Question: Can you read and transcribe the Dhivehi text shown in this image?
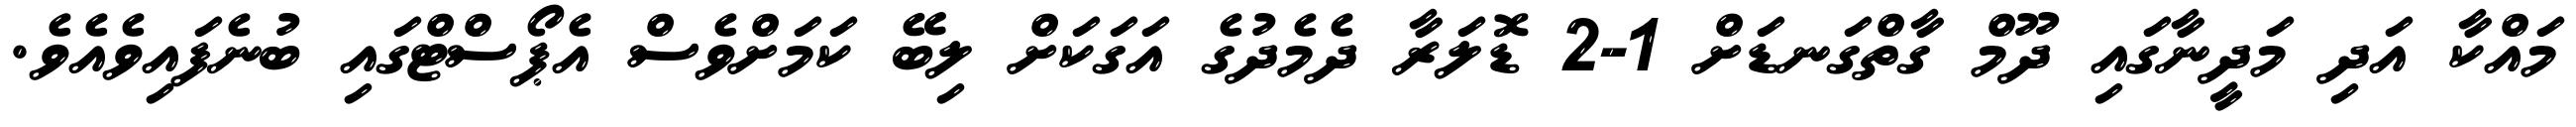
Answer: މައްކާ އަދި މަދީނާގައި ދޫމް ގާތްގަނޑަށް 1-2 ޑޮލަރާ ދެމެދުގެ އަގަކަށް ލިބޭ ކަމަށްވެސް އެޕޯސްޓްގައި ބުނެފައިވެއެވެ.